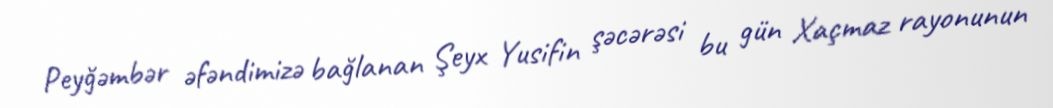
Peyğəmbər əfəndimizə bağlanan Şeyx Yusifin şəcərəsi bu gün Xaçmaz rayonunun